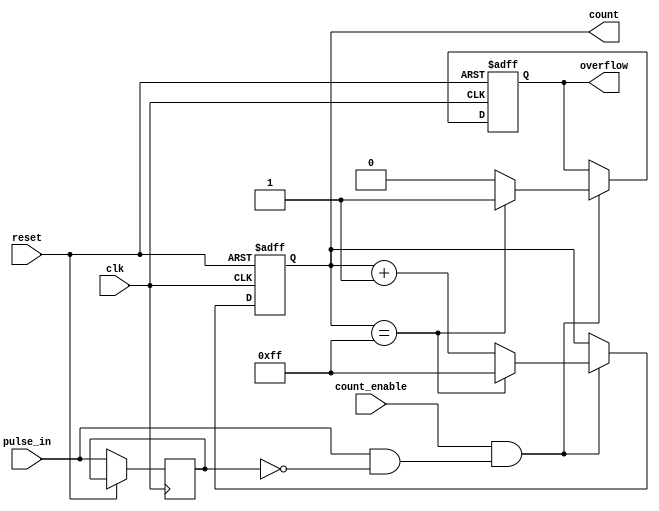
module pulse_counter (
    input wire clk,              // Clock signal
    input wire reset,            // Asynchronous reset signal
    input wire pulse_in,         // Input pulse signal
    input wire count_enable,     // Count enable signal
    output reg [7:0] count,      // 8-bit count output
    output reg overflow          // Overflow flag
);

    // Internal signal for pulse detection
    reg pulse_d;                 // Delayed pulse signal

    // Synchronous process for counting
    always @(posedge clk or posedge reset) begin
        if (reset) begin
            // Reset the count and overflow flag
            count <= 8'b0;
            overflow <= 1'b0;
        end else begin
            // Detect rising edge of pulse_in
            pulse_d <= pulse_in;  // Store the previous pulse_in value

            if (count_enable && (pulse_in && !pulse_d)) begin
                // Increment count on rising edge of pulse_in
                if (count == 8'hFF) begin
                    count <= 8'hFF;  // Max count reached
                    overflow <= 1'b1; // Set overflow flag
                end else begin
                    count <= count + 1'b1;
                    overflow <= 1'b0; // Clear overflow flag
                end
            end
        end
    end

endmodule